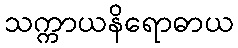
သက္ကာယနိရောဓာယ